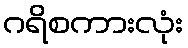
ဂရိစကားလုံး